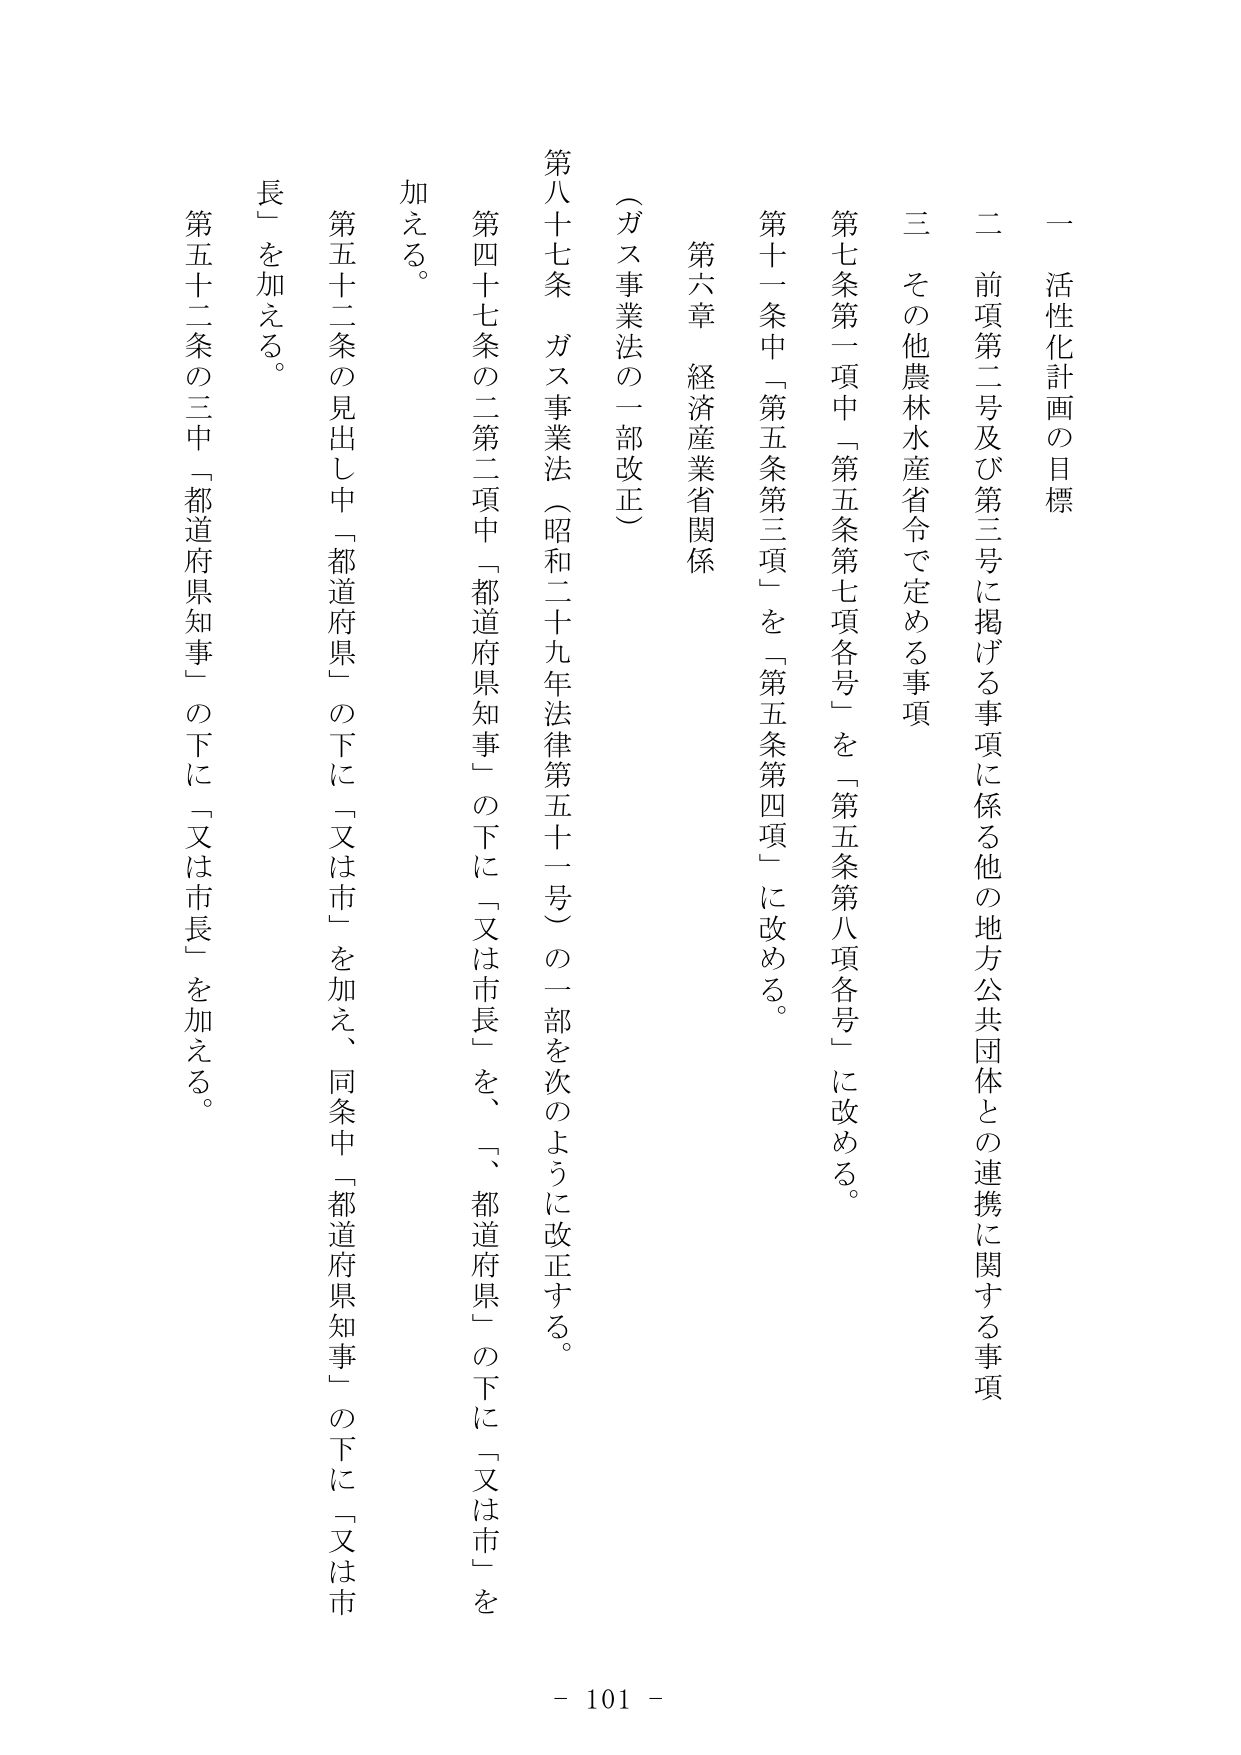
一 活性化計画の目標

二 前項第二号及び第三号に掲げる事項に係る他の地方公共団体との連携に関する事項

三 その他農林水産省令で定める事項

第七条第一項中「第五条第七項各号」を「第五条第八項各号」に改める。

第十一条中「第五条第三項」を「第五条第四項」に改める。

第六章 経済産業省関係

（ガス事業法の一部改正）

第八十七条 ガス事業法（昭和二十九年法律第五十一号）の一部を次のように改正する。

第四十七条の二第二項中「都道府県知事」の下に「又は市長」を、「都道府県」の下に「又は市」を加える。

第五十二条の見出し中「都道府県」の下に「又は市」を加え、同条中「都道府県知事」の下に「又は市長」を加える。

第五十二条の三中「都道府県知事」の下に「又は市長」を加える。

- 101 -